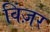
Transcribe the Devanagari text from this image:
विंज़र